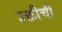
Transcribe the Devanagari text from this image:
उक्तीची